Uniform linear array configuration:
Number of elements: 4
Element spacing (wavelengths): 0.5
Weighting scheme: uniform
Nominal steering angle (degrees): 0
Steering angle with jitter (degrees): -0.78
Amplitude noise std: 0.05
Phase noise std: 0.05

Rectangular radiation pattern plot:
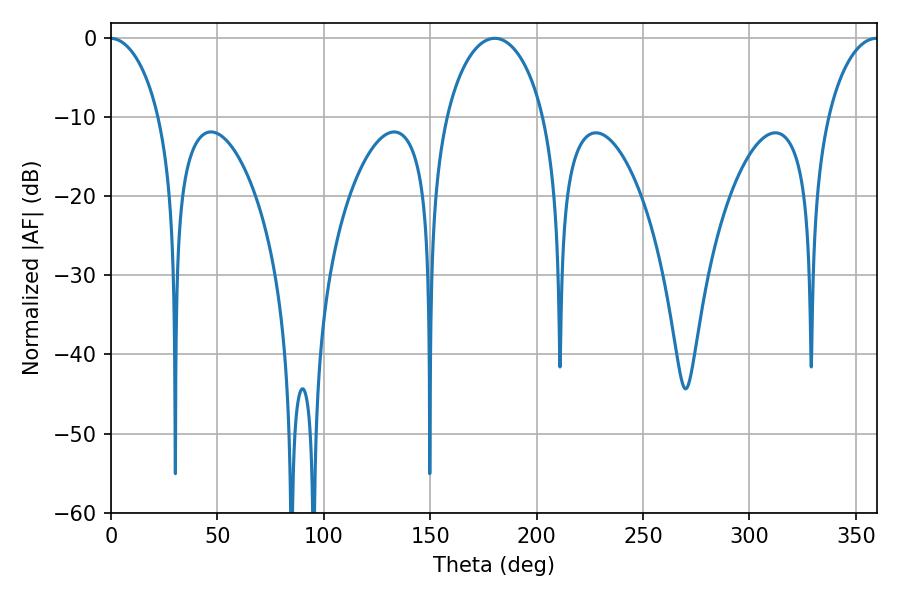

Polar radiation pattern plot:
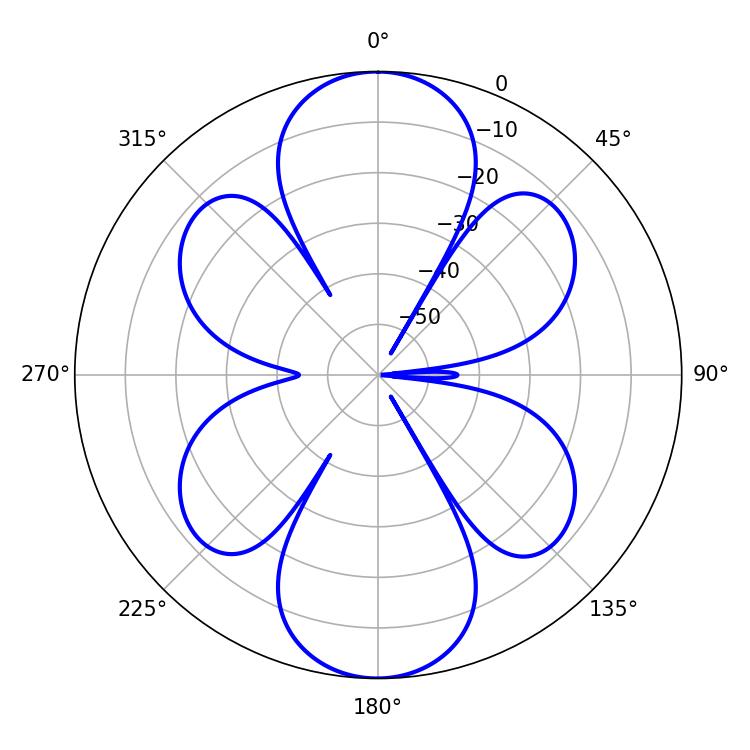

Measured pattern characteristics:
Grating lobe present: FALSE
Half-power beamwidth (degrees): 26.46
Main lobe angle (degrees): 180.36